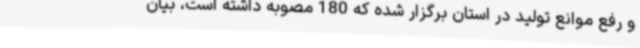
و رفع موانع تولید در استان برگزار شده که 180 مصوبه داشته است، بیان